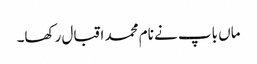
ماں باپ نے نام محمد اقبال رکھا۔